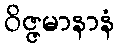
ဝိဇ္ဇမာနာနံ